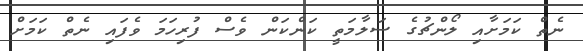
ނެތް ކަމަށާއި ލޯންޗުގެ ސަލާމަތީ ކަންކަން ވެސް ފުރިހަމަ ވެފައި ނެތް ކަމަށް